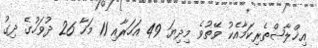
އިޚްލާޞްތެރިކަމާއެކު ވޭތުވެ މިދިޔަ 49 އަހަރާއި 11 މަހާ 26 ދުވަހުގެ ދިގު